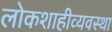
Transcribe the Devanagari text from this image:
लोकशाहीव्यवस्था